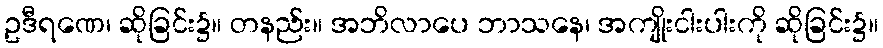
ဥဒီရဏေ၊ ဆိုခြင်း၌။ တနည်း။ အဘိလာပေ ဘာသနေ၊ အကျိုးငါးပါးကို ဆိုခြင်း၌။